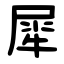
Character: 犀